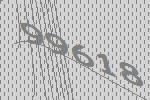
99618